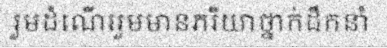
រួមដំណើររួមមានភរិយាថ្នាក់ដឹកនាំ